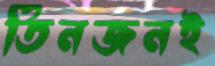
তিনজনই